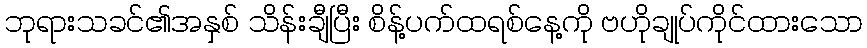
ဘုရားသခင်၏အနှစ် သိန်းချီပြီး စိန့်ပက်ထရစ်နေ့ကို ဗဟိုချုပ်ကိုင်ထားသော